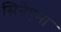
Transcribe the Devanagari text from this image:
सिनेएमा